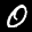
Label: 0